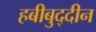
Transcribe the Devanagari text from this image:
हबीबुद्दीन